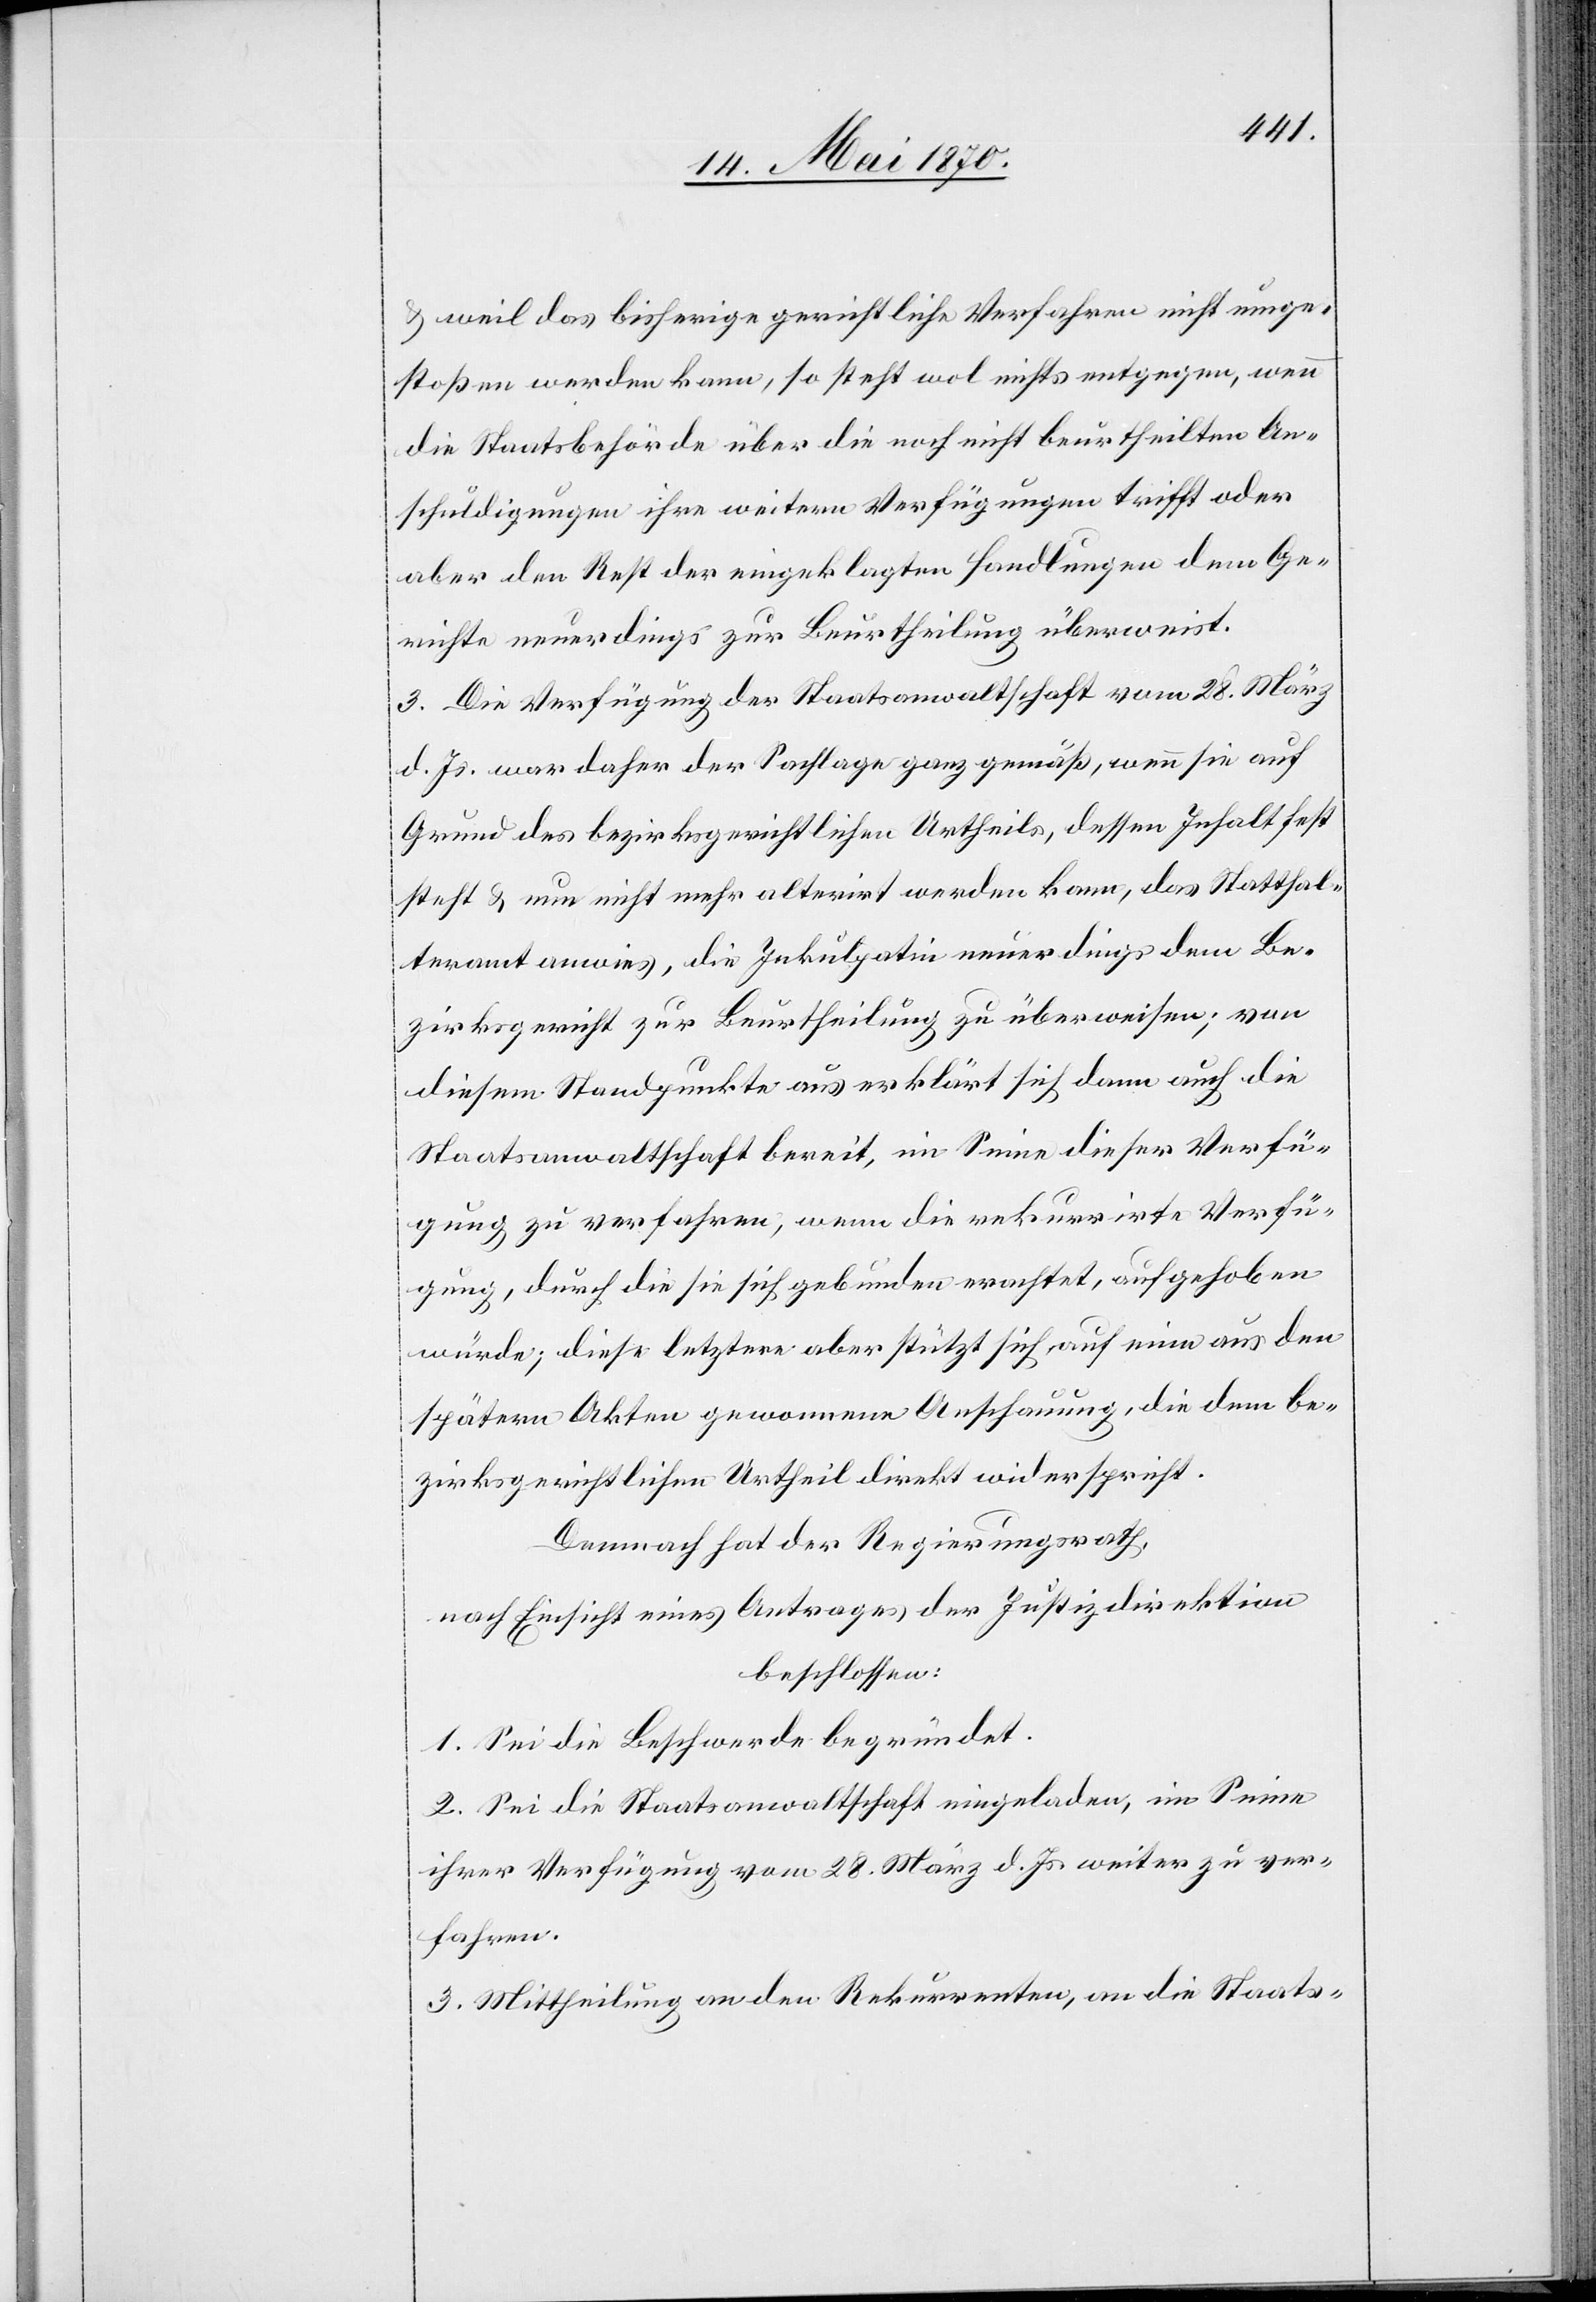
& weil das bisherige gerichtliche Verfahren nicht umge¬
stoßen werden kann, so steht wol nichts entgegen, wenn
die Staatsbehörde über die noch nicht beurtheilten An¬
schuldigungen ihre weitern Verfügungen trifft oder
aber den Rest der eingeklagten Handlungen dem Ge¬
richte neuerdings zur Beurtheilung überweist.
3. Die Verfügung der Staatsanwaltschaft vom 28. März
d. Js. war daher der Sachlage ganz gemäß, wenn sie auf
Grund des bezirksgerichtlichen Urtheils, dessen Inhalt fest
steht & nun nicht mehr alterirt werden kann, das Statthal¬
teramt anwies, die Inkulpatin neuerdings dem Be¬
zirksgericht zur Beurtheilung zu überweisen; von
diesem Standpunkte aus erklärt sich dann auch die
Staatsanwaltschaft bereit, im Sinne dieser Verfü¬
gung zu verfahren, wenn die rekurrirte Verfü¬
gung, durch die sie sich gebunden erachtet, aufgehoben
würde, diese letztere aber stützt sich auf eine aus den
spätern Akten gewonnenen Anschauung, die dem be¬
zirksgerichtlichen Urtheil direkt widerspricht.
Demnach hat der Regierungsrath,
nach Einsicht eines Antrages der Justizdirektion
beschlossen:
1. Sei die Beschwerde begründet.
2. Sei die Staatsanwaltschaft eingeladen, im Sinne
ihrer Verfügung vom 28. März d. Js. weiter zu ver¬
fahren.
3. Mittheilung an den Rekurrenten, an die Staats-